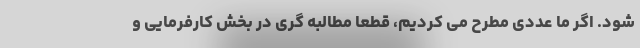
شود. اگر ما عددی مطرح می کردیم، قطعا مطالبه گری در بخش کارفرمایی و